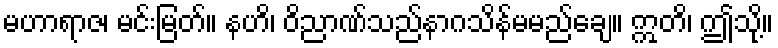
မဟာရာဇ၊ မင်းမြတ်။ နဟိ၊ ဝိညာဏ်သည်နာဂသိန်မမည်ချေ။ ဣတိ၊ ဤသို့။